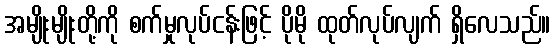
အမျိုးမျိုးတို့ကို စက်မှုလုပ်ငန်းဖြင့် ပိုမို ထုတ်လုပ်လျက် ရှိလေသည်။